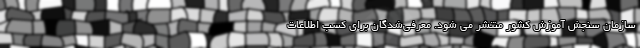
سازمان سنجش آموزش کشور منتشر می شود. معرفی‌شدگان برای کسب اطلاعات